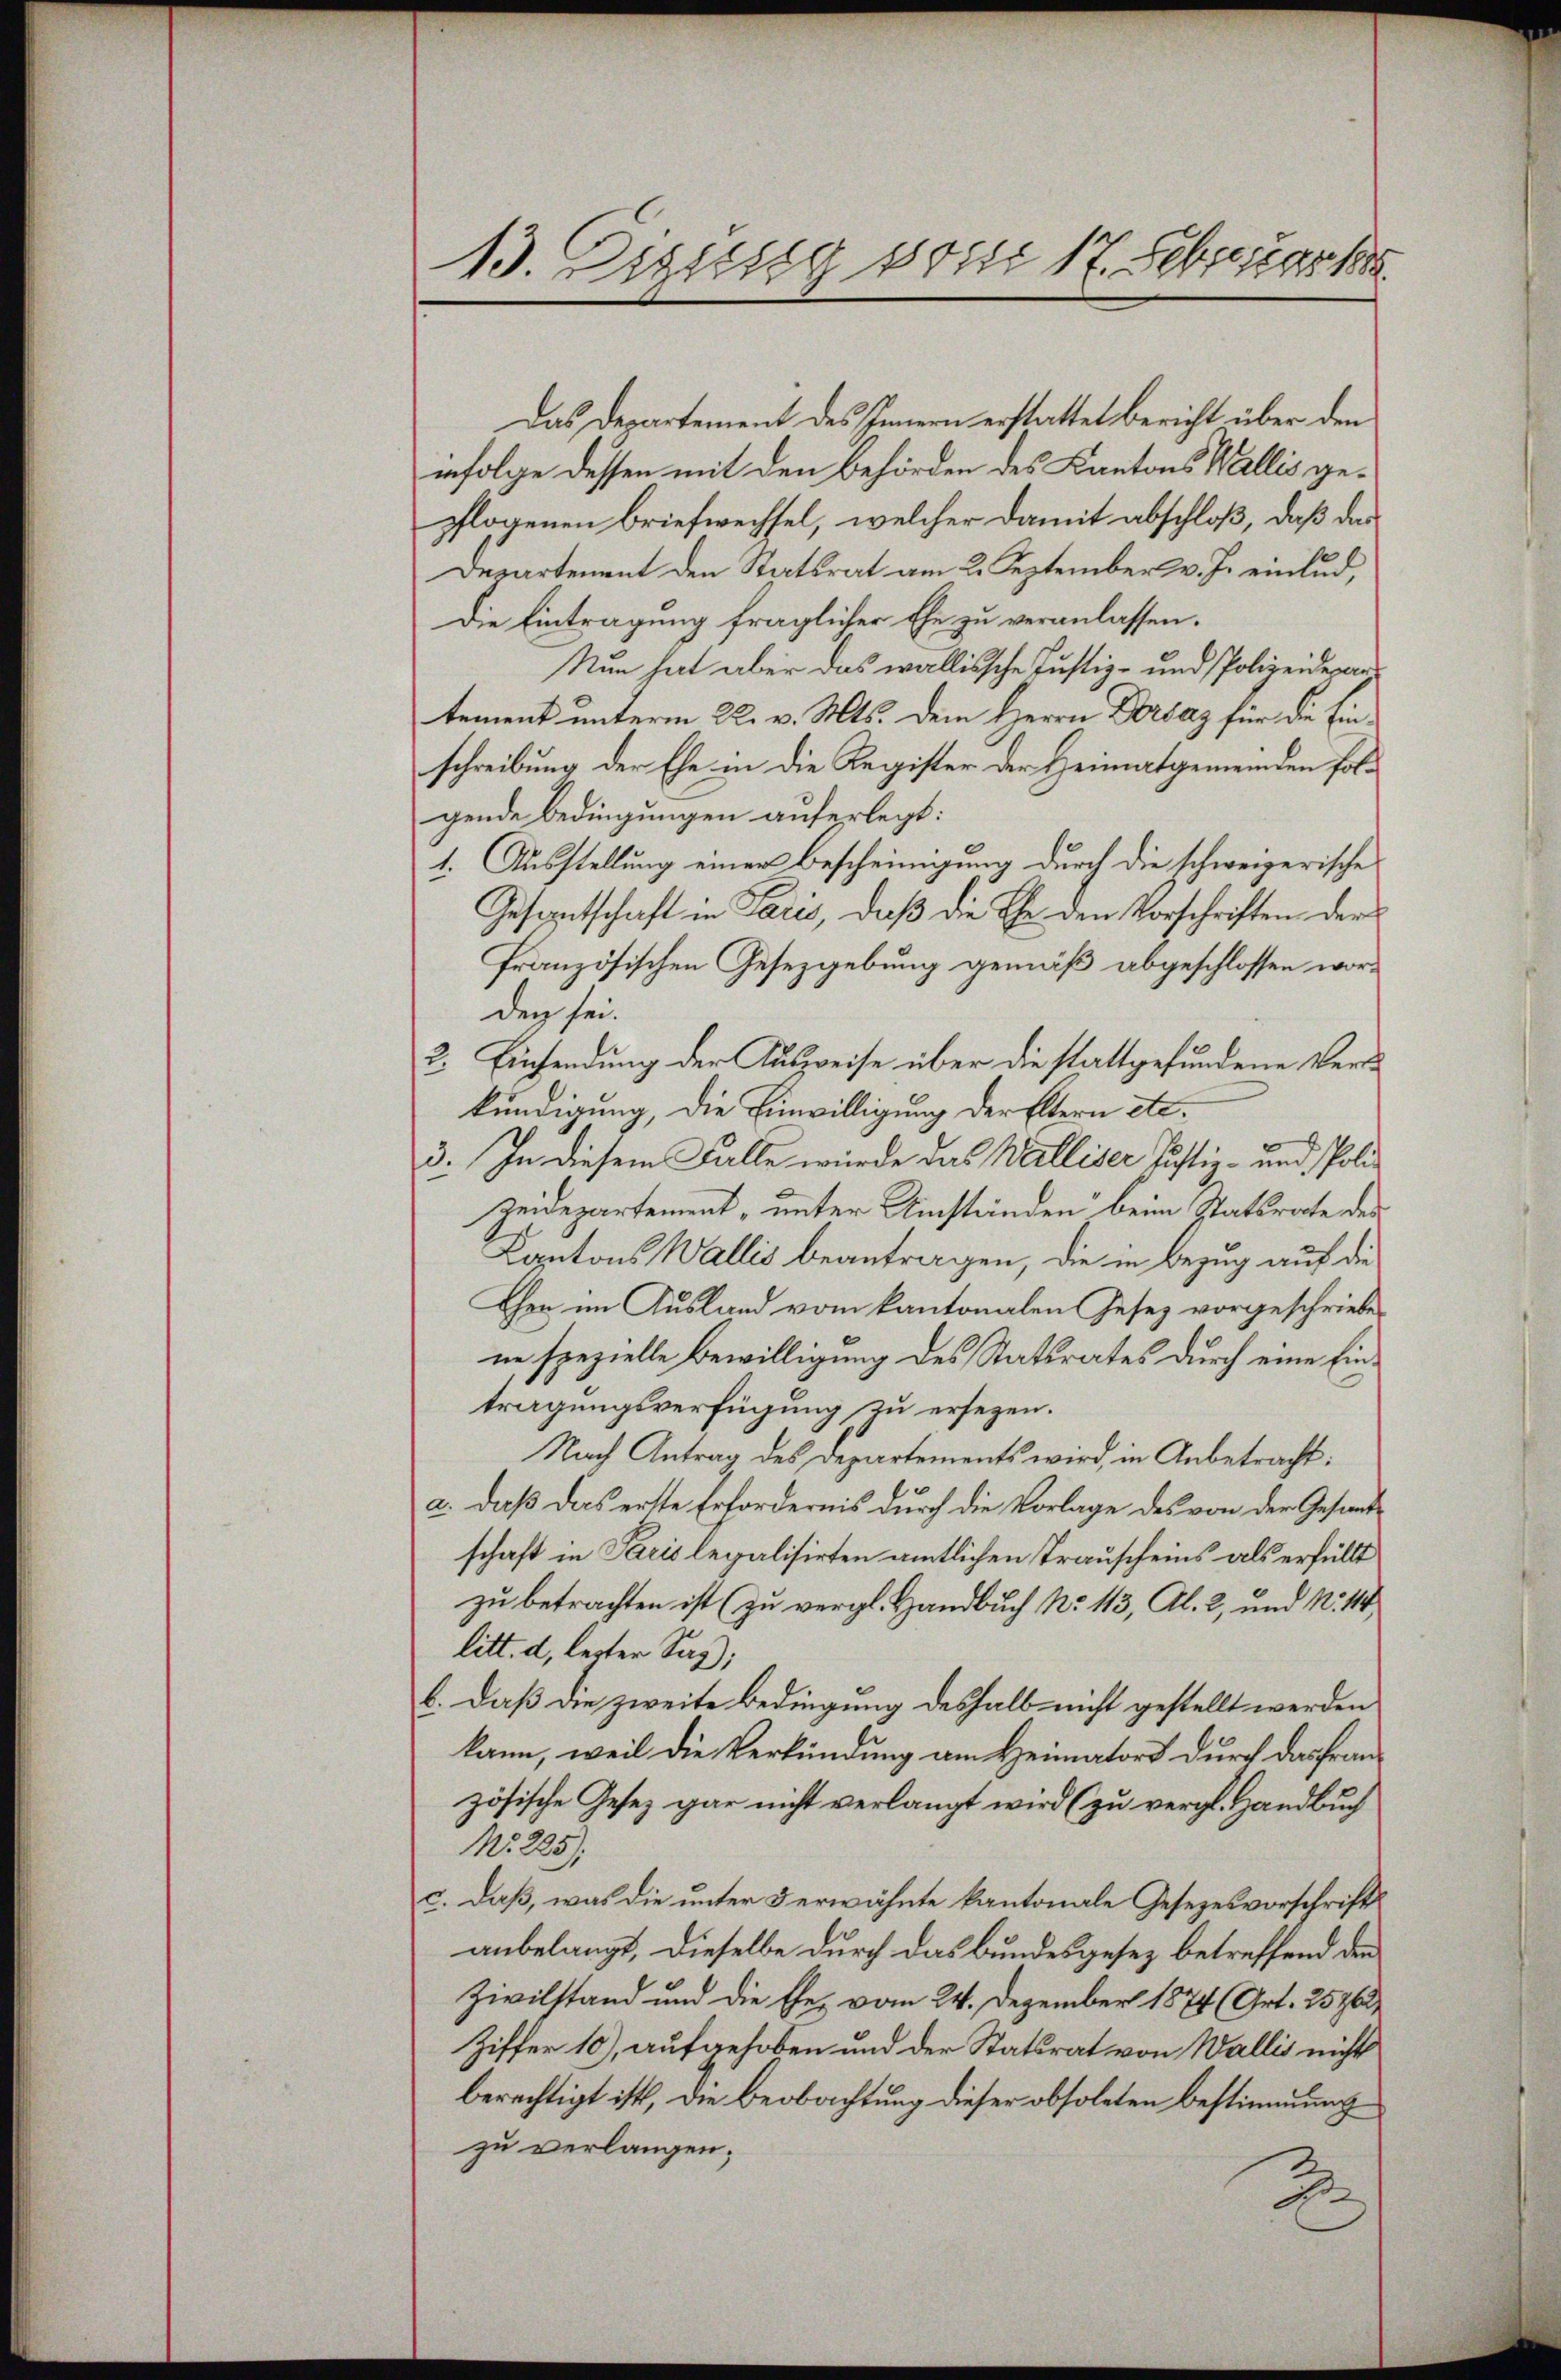
13. Einsig von 17. Februar

Das Departement des Innern erstattet bericht über den
nfolge dessen mit den Behörden des Kantons Wallis gepflogenen Briefwechsel, welcher damit abschloß, daß das
Departement den Statsrat am 2. September v. J. einlud,
Die Eintragung fraglicher Ehe zu veranlassen.
Nun hat aber das wallissche Justiz- und Polizeidepar
tement unterm 22. v. Mts. dem Herrn Dorsaz für die Einschreibung der Ehe in die Register der Heimatgemeinden folgende Bedingungen auferlegt:
1. Ausstellung einer Bescheinigung durch die schweizerische
Gesandtschaft in Paris, daβ die Ehe den Vorschriften der
französischen Gesetzgebung gemäß abgeschlossen worden sei.
2. Einsendung der Ausweise über die stattgefundene Verkündigung, die Einwilligung der Eltern etc.
3. In diesem Falle wurde das Walliser Justiz- und Poli¬
Zeidepartement, unter Umständen beim Statsrate des
Cantons Wallis beantragen, die in Bezug auf die
Cher im Ausland vom kantonalen Gesez vorgeschriebe
ne spezielle Bewilligung des Statsrates durch eine Eintragungsverfügung zu ersezen.
Nach Antrag des Departements wird, in Anbetracht:
2. daß das erste Erfordernis durch die Vorlage des von der Gesandschaft in Paris legalisirten amtlichen Trauscheins als erfüllt
zu betrachten ist (zu vergl. Handbuch No. 13, Al. 2, und N. 114,
litt. d, lezter Sag);
b. daß die zweite Bedingung deshalb nicht gestellt werden
kann, weil die Verkündung am Heimators durch das französische Gesez gar nicht verlangt wird (zu vergl. Handbuch
M. 2257.
c. daß, was die unter 3 erwähnte kantonale Gesezesvorschrift
anbelangt, dieselbe durch das Bundesgesez betreffend den
Zivilstand und die Ehe, vom 24. Dezember 1874 (Art. 25762
Ziffer 10), aufgehoben und der Statsrat von Wallis nicht
berechtigt ist, die Beobachtung dieser obsoleten Bestimmung
zu verlangen.
2